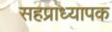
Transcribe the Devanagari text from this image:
सहप्राध्यापक